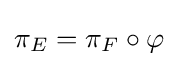
\pi _{E}=\pi _{F}\circ \varphi